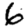
Digit: 6